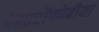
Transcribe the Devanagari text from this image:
ऐस्तरोंफोबीया